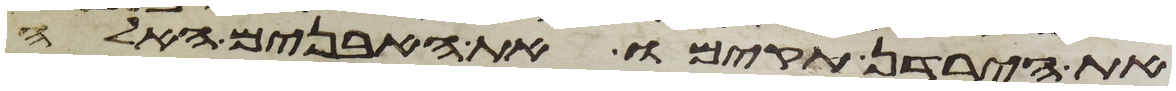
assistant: את הירדן תקימו את האבנים האלה